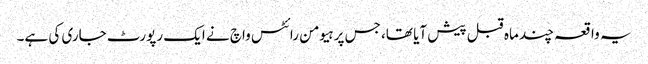
یہ واقعہ چند ماہ قبل پیش آیا تھا، جس پر ہیومن رائٹس واچ نے ایک رپورٹ جاری کی ہے۔